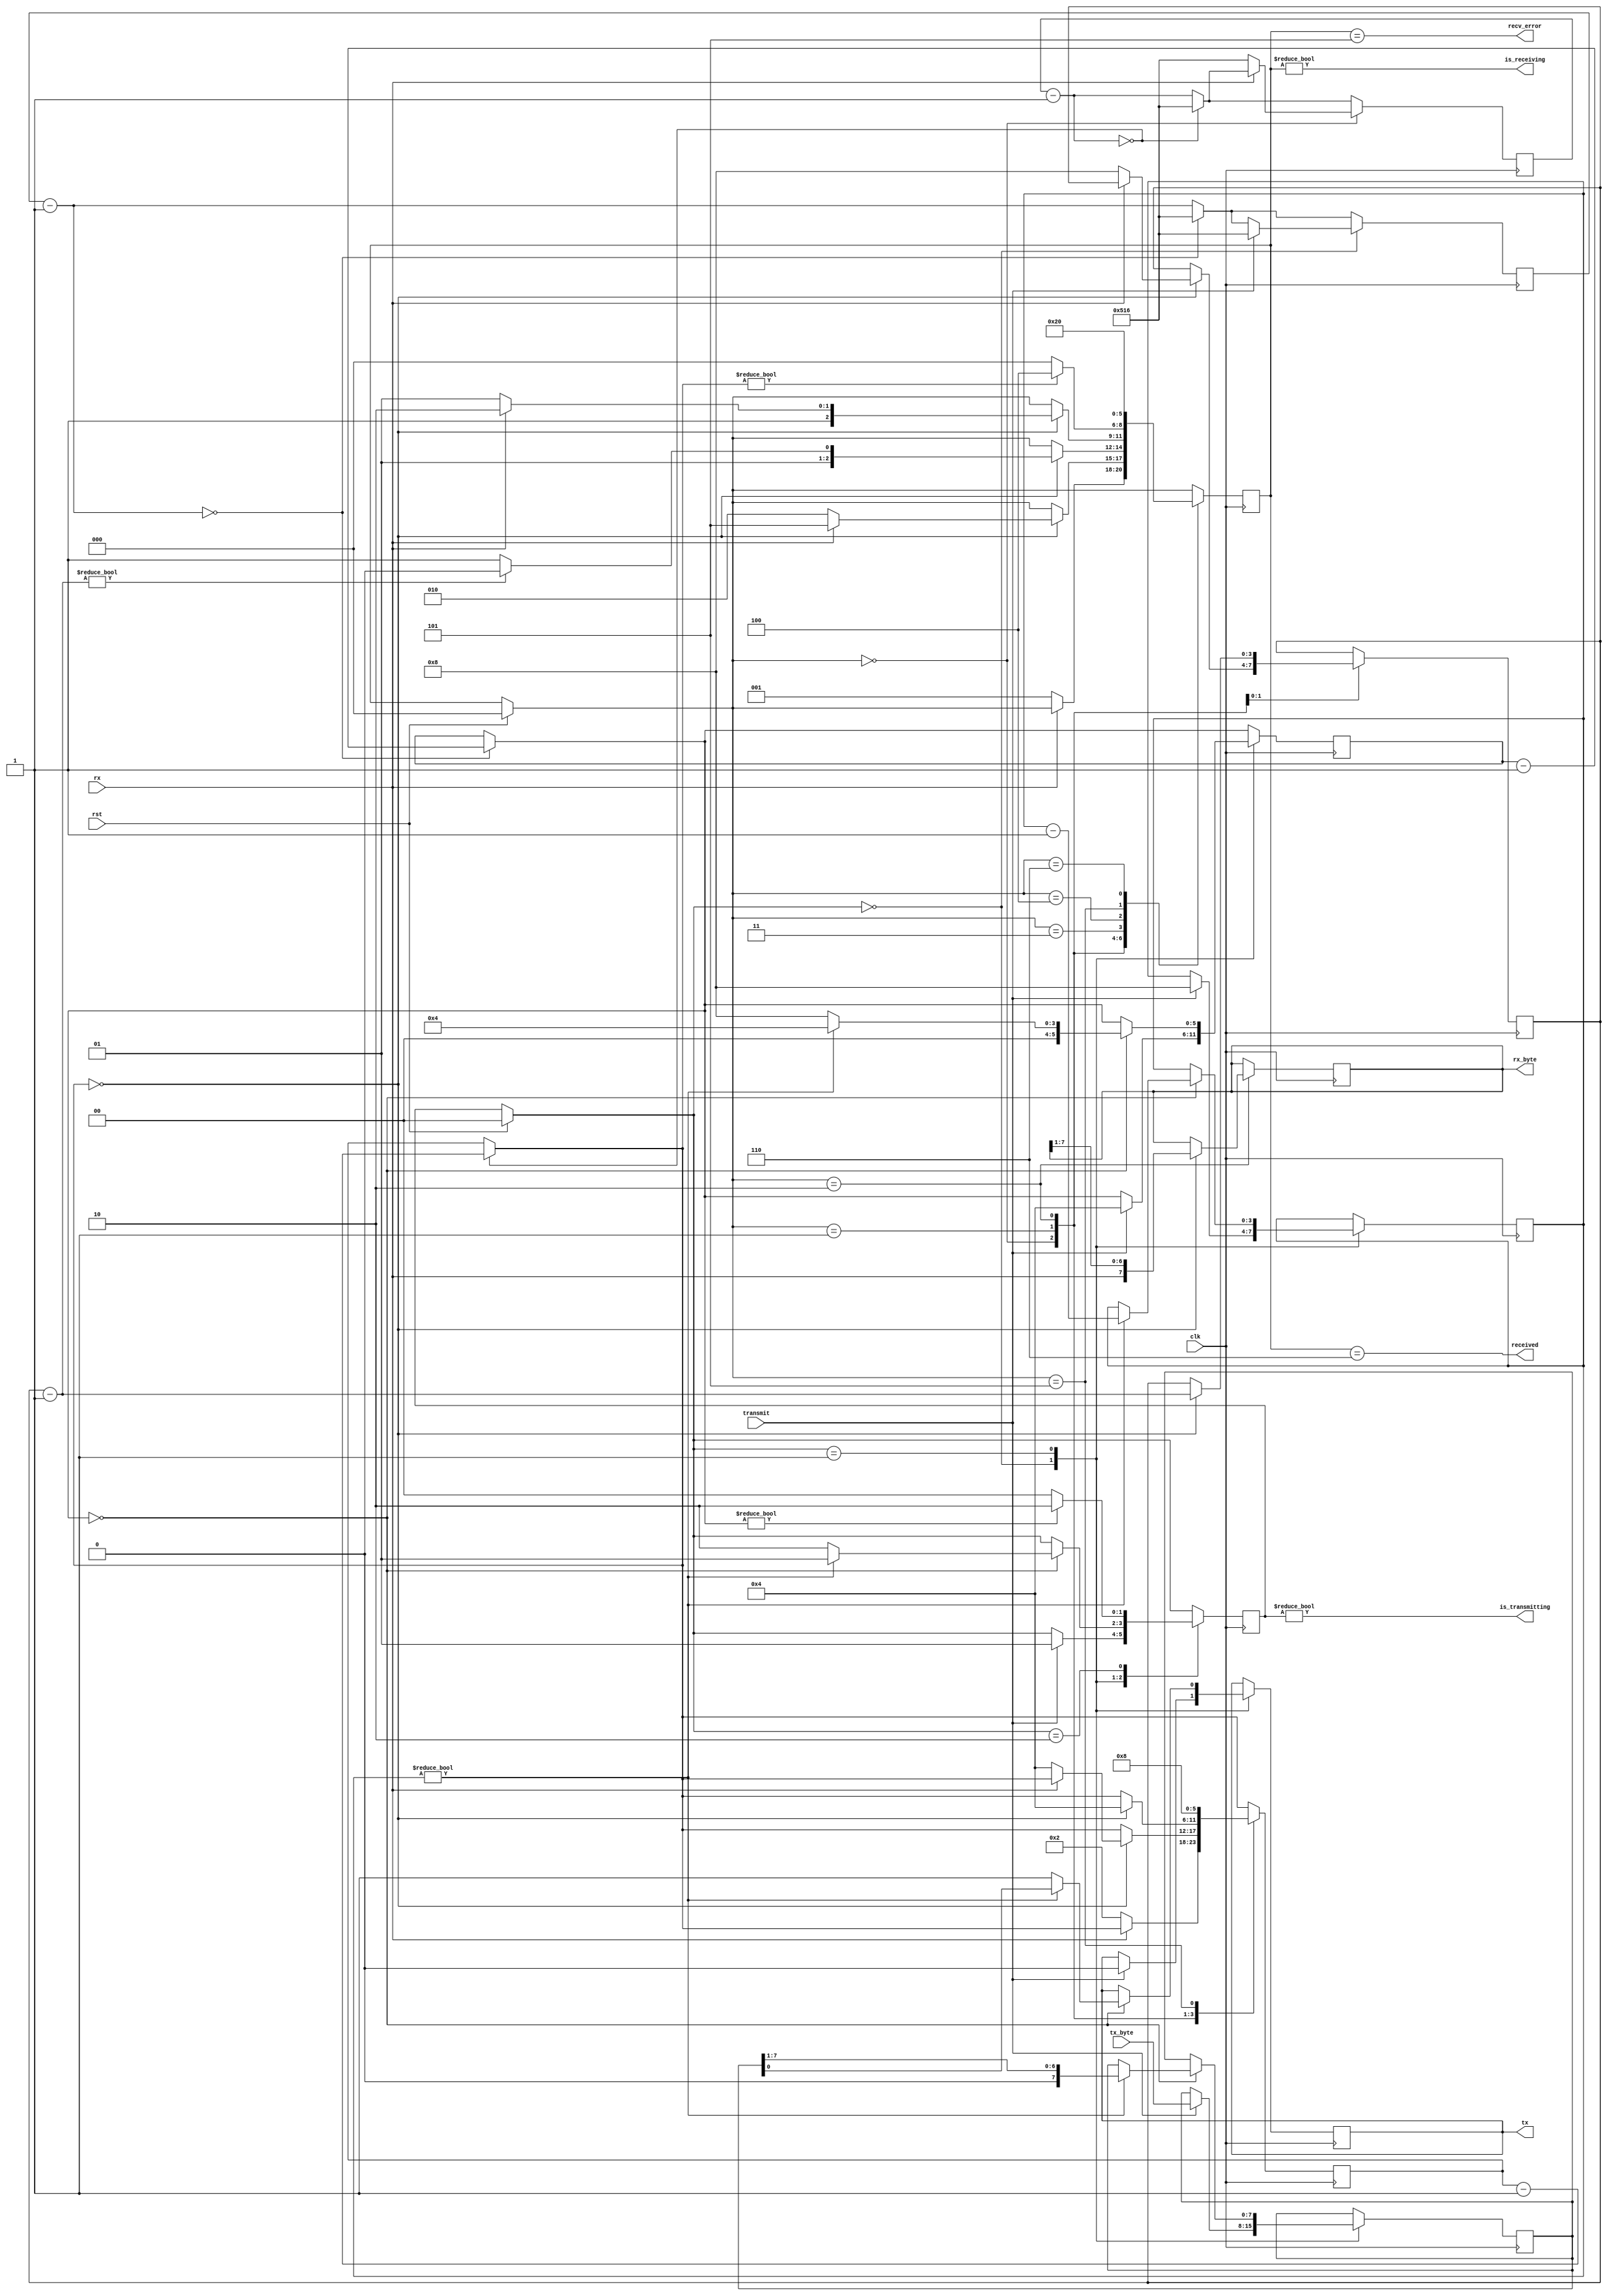
`timescale 1ns / 1ps
//////////////////////////////////////////////////////////////////////////////////
// Company: 
// Engineer: 
// 
// Design Name: 
// Module Name:    UART 
// Project Name: 
// Target Devices: 
// Tool versions: 
// Description: 
//
// Dependencies: 
//
// Revision: 
// Revision 0.01 - File Created
// Additional Comments: 
//
//////////////////////////////////////////////////////////////////////////////////
module UART(
    input clk, // The master clock for this module
    input rst, // Synchronous reset.
    input rx, // Incoming serial line
    output tx, // Outgoing serial line
    input transmit, // Signal to transmit
    input [7:0] tx_byte, // Byte to transmit
    output received, // Indicated that a byte has been received.
    output [7:0] rx_byte, // Byte received
    output is_receiving, // Low when receive line is idle.
    output is_transmitting, // Low when transmit line is idle.
    output recv_error // Indicates error in receiving packet.
    );

parameter CLOCK_DIVIDE = 1302; // clock rate (50Mhz) / (baud rate (9600) * 4)

// States for the receiving state machine.
// These are just constants, not parameters to override.
parameter RX_IDLE = 0;
parameter RX_CHECK_START = 1;
parameter RX_READ_BITS = 2;
parameter RX_CHECK_STOP = 3;
parameter RX_DELAY_RESTART = 4;
parameter RX_ERROR = 5;
parameter RX_RECEIVED = 6;

// States for the transmitting state machine.
// Constants - do not override.
parameter TX_IDLE = 0;
parameter TX_SENDING = 1;
parameter TX_DELAY_RESTART = 2;

reg [10:0] rx_clk_divider = CLOCK_DIVIDE;
reg [10:0] tx_clk_divider = CLOCK_DIVIDE;

reg [2:0] recv_state = RX_IDLE;
reg [5:0] rx_countdown;
reg [3:0] rx_bits_remaining;
reg [7:0] rx_data;

reg tx_out = 1'b1;
reg [1:0] tx_state = TX_IDLE;
reg [5:0] tx_countdown;
reg [3:0] tx_bits_remaining;
reg [7:0] tx_data;

assign received = recv_state == RX_RECEIVED;
assign recv_error = recv_state == RX_ERROR;
assign is_receiving = recv_state != RX_IDLE;
assign rx_byte = rx_data;

assign tx = tx_out;
assign is_transmitting = tx_state != TX_IDLE;

always @(posedge clk) begin
	if (rst) begin
		recv_state = RX_IDLE;
		tx_state = TX_IDLE;
	end
	
	// The clk_divider counter counts down from
	// the CLOCK_DIVIDE constant. Whenever it
	// reaches 0, 1/16 of the bit period has elapsed.
   // Countdown timers for the receiving and transmitting
	// state machines are decremented.
	rx_clk_divider = rx_clk_divider - 1;
	if (!rx_clk_divider) begin
		rx_clk_divider = CLOCK_DIVIDE;
		rx_countdown = rx_countdown - 1;
	end
	tx_clk_divider = tx_clk_divider - 1;
	if (!tx_clk_divider) begin
		tx_clk_divider = CLOCK_DIVIDE;
		tx_countdown = tx_countdown - 1;
	end
	
	// Receive state machine
	case (recv_state)
		RX_IDLE: begin
			// A low pulse on the receive line indicates the
			// start of data.
			if (!rx) begin
				// Wait half the period - should resume in the
				// middle of this first pulse.
				rx_clk_divider = CLOCK_DIVIDE;
				rx_countdown = 2;
				recv_state = RX_CHECK_START;
			end
		end
		RX_CHECK_START: begin
			if (!rx_countdown) begin
				// Check the pulse is still there
				if (!rx) begin
					// Pulse still there - good
					// Wait the bit period to resume half-way
					// through the first bit.
					rx_countdown = 4;
					rx_bits_remaining = 8;
					recv_state = RX_READ_BITS;
				end else begin
					// Pulse lasted less than half the period -
					// not a valid transmission.
					recv_state = RX_ERROR;
				end
			end
		end
		RX_READ_BITS: begin
			if (!rx_countdown) begin
				// Should be half-way through a bit pulse here.
				// Read this bit in, wait for the next if we
				// have more to get.
				rx_data = {rx, rx_data[7:1]};
				rx_countdown = 4;
				rx_bits_remaining = rx_bits_remaining - 1;
				recv_state = rx_bits_remaining ? RX_READ_BITS : RX_CHECK_STOP;
			end
		end
		RX_CHECK_STOP: begin
			if (!rx_countdown) begin
				// Should resume half-way through the stop bit
				// This should be high - if not, reject the
				// transmission and signal an error.
				recv_state = rx ? RX_RECEIVED : RX_ERROR;
			end
		end
		RX_DELAY_RESTART: begin
			// Waits a set number of cycles before accepting
			// another transmission.
			recv_state = rx_countdown ? RX_DELAY_RESTART : RX_IDLE;
		end
		RX_ERROR: begin
			// There was an error receiving.
			// Raises the recv_error flag for one clock
			// cycle while in this state and then waits
			// 2 bit periods before accepting another
			// transmission.
			rx_countdown = 8;
			recv_state = RX_DELAY_RESTART;
		end
		RX_RECEIVED: begin
			// Successfully received a byte.
			// Raises the received flag for one clock
			// cycle while in this state.
			recv_state = RX_IDLE;
		end
	endcase
	
	// Transmit state machine
	case (tx_state)
		TX_IDLE: begin
			if (transmit) begin
				// If the transmit flag is raised in the idle
				// state, start transmitting the current content
				// of the tx_byte input.
				tx_data = tx_byte;
				// Send the initial, low pulse of 1 bit period
				// to signal the start, followed by the data
				tx_clk_divider = CLOCK_DIVIDE;
				tx_countdown = 4;
				tx_out = 0;
				tx_bits_remaining = 8;
				tx_state = TX_SENDING;
			end
		end
		TX_SENDING: begin
			if (!tx_countdown) begin
				if (tx_bits_remaining) begin
					tx_bits_remaining = tx_bits_remaining - 1;
					tx_out = tx_data[0];
					tx_data = {1'b0, tx_data[7:1]};
					tx_countdown = 4;
					tx_state = TX_SENDING;
				end else begin
					// Set delay to send out 2 stop bits.
					tx_out = 1;
					tx_countdown = 8;
					tx_state = TX_DELAY_RESTART;
				end
			end
		end
		TX_DELAY_RESTART: begin
			// Wait until tx_countdown reaches the end before
			// we send another transmission. This covers the
			// "stop bit" delay.
			tx_state = tx_countdown ? TX_DELAY_RESTART : TX_IDLE;
		end
	endcase
end

endmodule